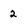
Character: 2